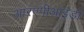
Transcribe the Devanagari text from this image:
आरएपीआईडी